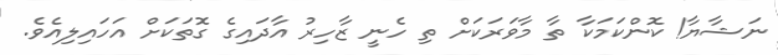
ނަޝާޔާ! ކޮންކަމަކާ ތާ މާވަރަކަށް ތި ހެނީ ޒާހިރު އާދައިގެ ގޮތަކަށް އަހައިލިއެވެ.